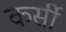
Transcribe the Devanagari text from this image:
कर्सी